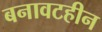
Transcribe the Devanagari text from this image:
बनावटहीन